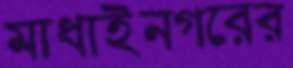
মাধাইনগরের